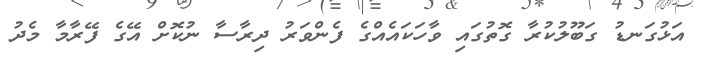
އަޅުގަނޑު ގަބޫލުކުރާ ގޮތުގައި ވާހަކައެއްގެ ފެންވަރު ދިރާސާ ނުކޮށް އޭގެ ފޭރާމާ މެދު